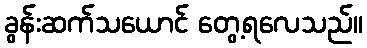
ခွန်းဆက်သယောင် တွေ့ရလေသည်။